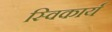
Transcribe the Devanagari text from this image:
स्विकार्य